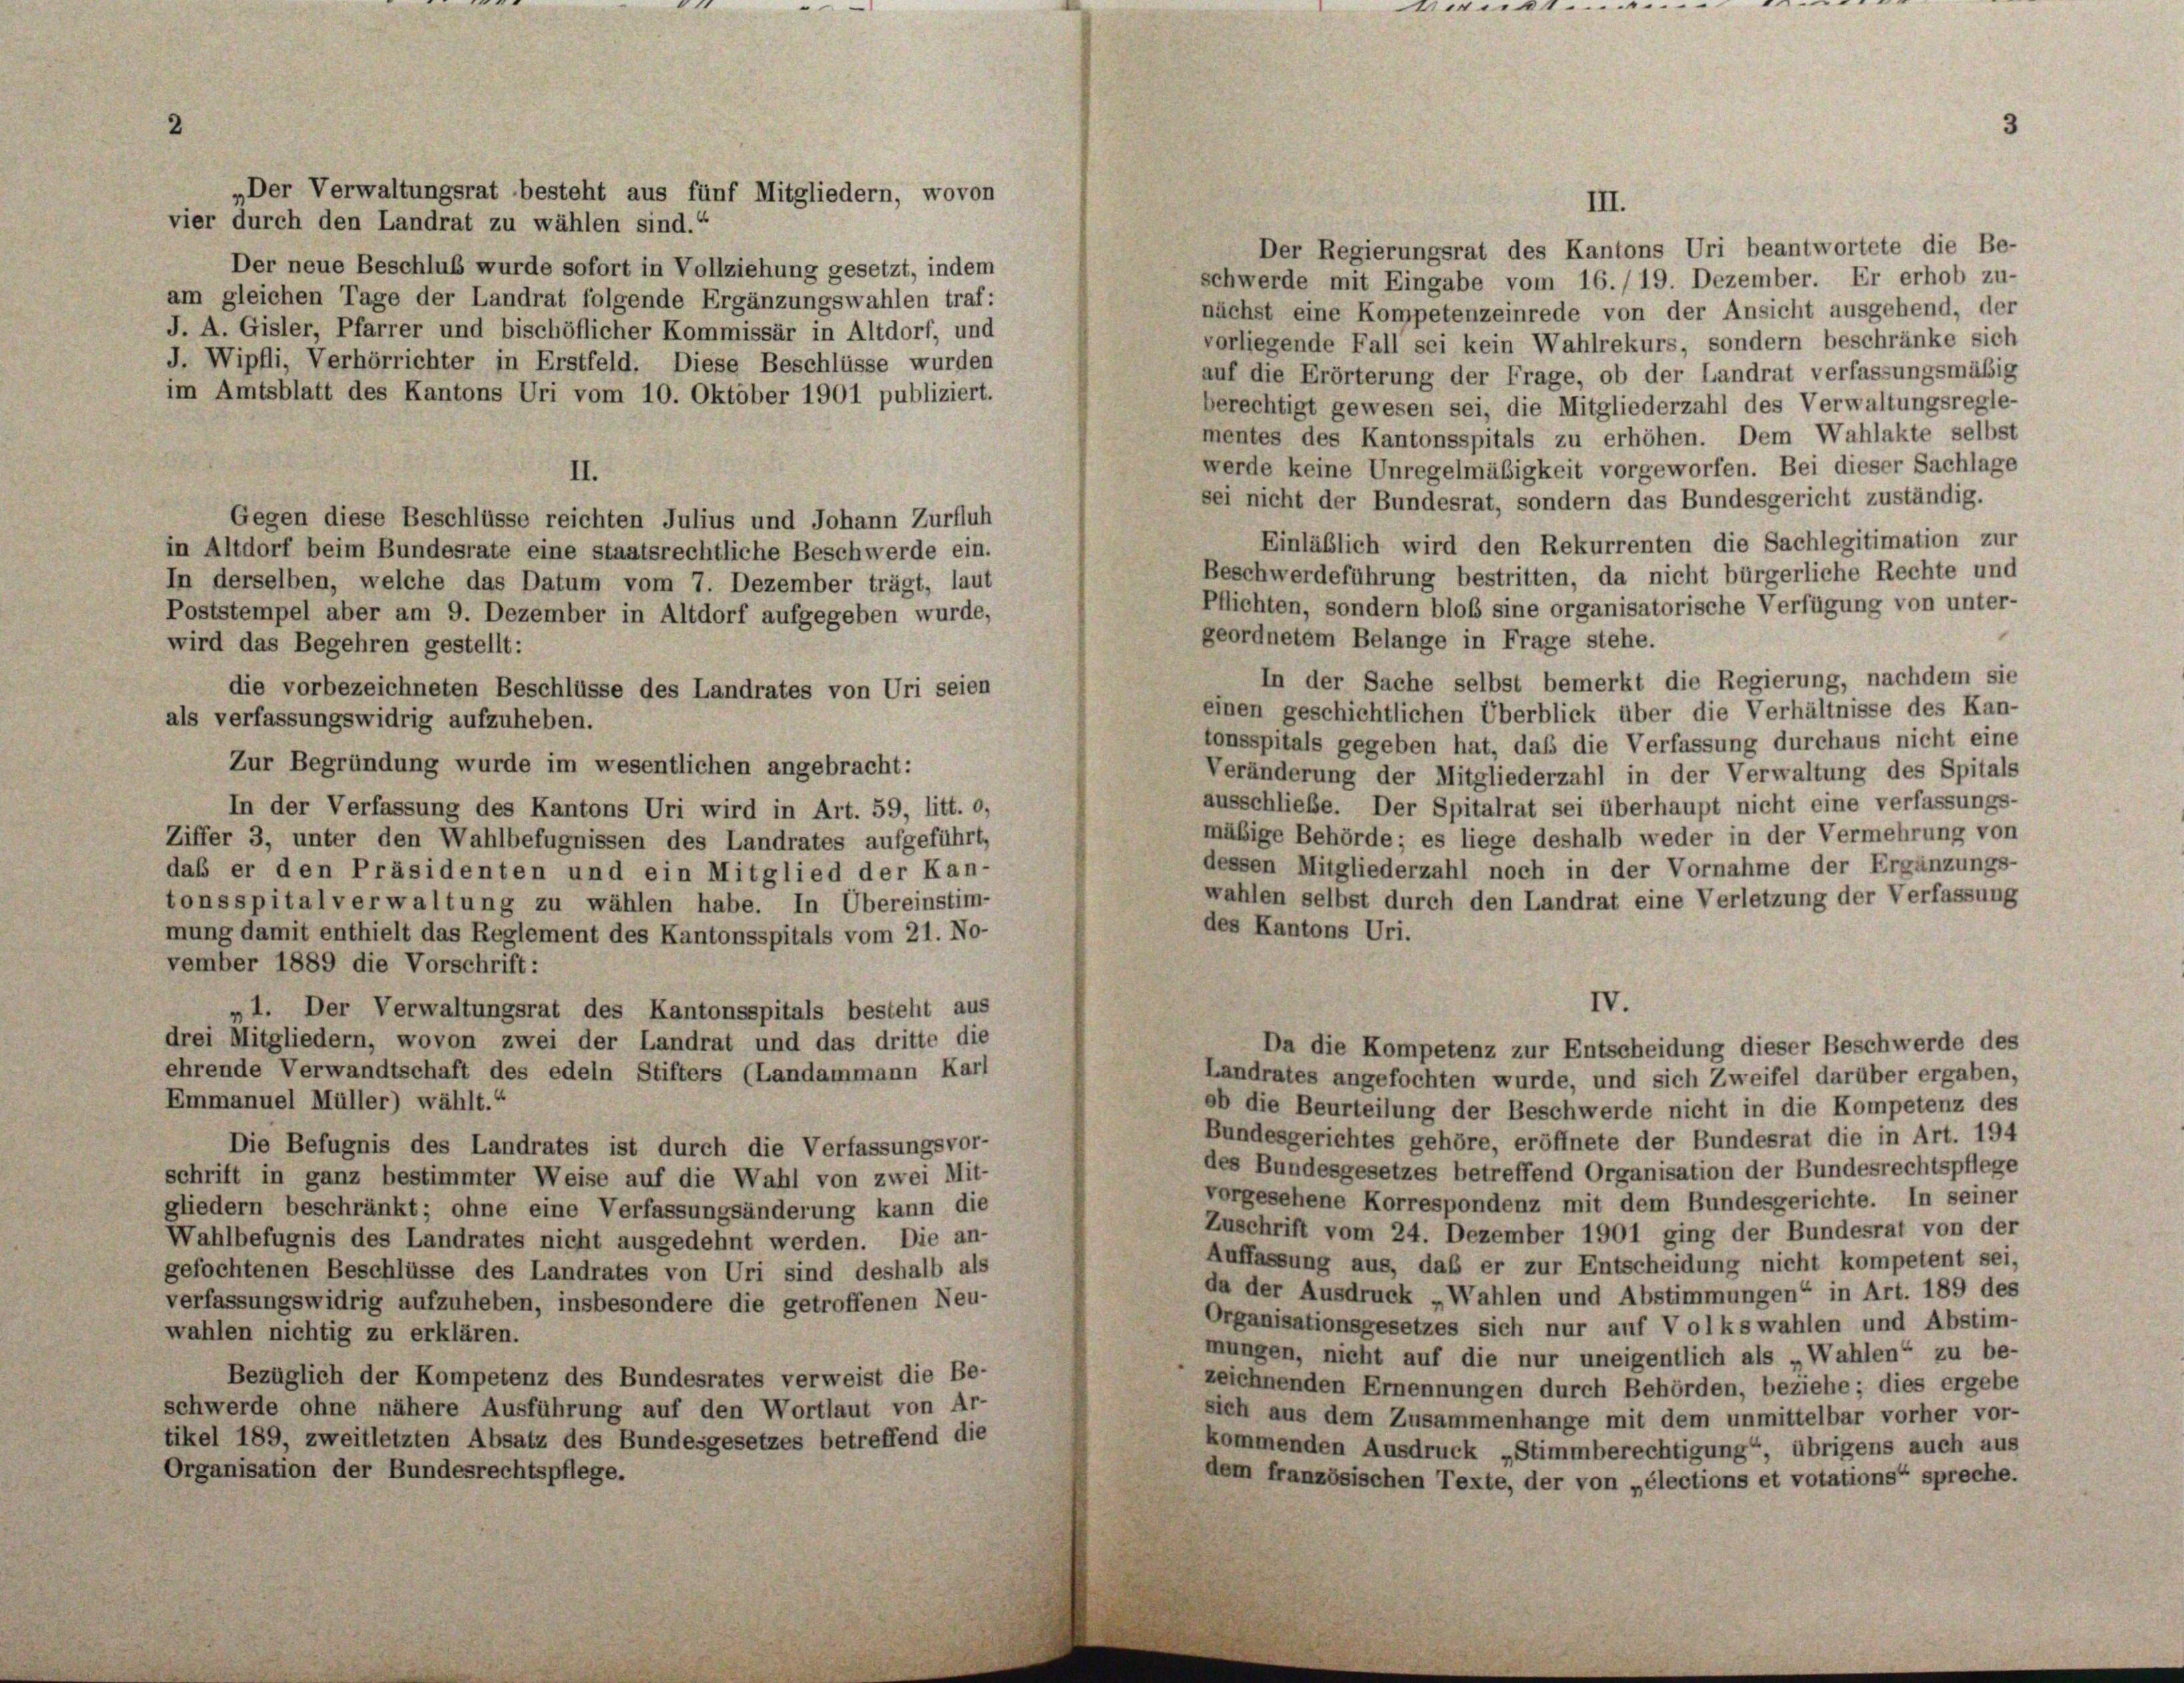
2

.

III.

.

„Der Verwaltungsrat besteht aus fünf Mitgliedern, wovon
vier durch den Landrat zu wählen sind.“
Der Regierungsrat des Kantons Uri beantwortete die Be-
Der neue Beschluß wurde sofort in Vollziehung gesetzt, indem
schwerde mit Eingabe vom 16./19. Dezember. Er erhob zu-
am gleichen Tage der Landrat folgende Ergänzungswahlen traf:
nächst eine Kompetenzeinrede von der Ansicht ausgehend, der
J. A. Gisler, Pfarrer und bischöflicher Kommissär in Altdorf, und
vorliegende Fall sei kein Wahlrekurs, sondern beschränke sich
J. Wipfli, Verhörrichter in Erstfeld. Diese Beschlüsse wurden
auf die Erörterung der Frage, ob der Landrat verfassungsmäßig
im Amtsblatt des Kantons Uri vom 10. Oktober 1901 publiziert.
berechtigt gewesen sei, die Mitgliederzahl des Verwaltungsregle-
mentes des Kantonsspitals zu erhöhen. Dem Wahlakte selbst
werde keine Unregelmäßigkeit vorgeworfen. Bei dieser Sachlage
II.
sei nicht der Bundesrat, sondern das Bundesgericht zuständig.
Gegen diese Beschlüsse reichten Julius und Johann Zurfluh
Einläßlich wird den Rekurrenten die Sachlegitimation zur
in Altdorf beim Bundesrate eine staatsrechtliche Beschwerde ein.
Beschwerdeführung bestritten, da nicht bürgerliche Rechte und
In derselben, welche das Datum vom 7. Dezember trägt, laut
Pflichten, sondern bloß sine organisatorische Verfügung von unter-
Poststempel aber am 9. Dezember in Altdorf aufgegeben wurde,
geordnetem Belange in Frage stehe.
wird das Begehren gestellt:
In der Sache selbst bemerkt die Regierung, nachdem sie
die vorbezeichneten Beschlüsse des Landrates von Uri seien
einen geschichtlichen Überblick über die Verhältnisse des Kan-
als verfassungswidrig aufzuheben.
tonsspitals gegeben hat, daß die Verfassung durchaus nicht eine
Zur Begründung wurde im wesentlichen angebracht:
Veränderung der Mitgliederzahl in der Verwaltung des Spitals
ausschließe. Der Spitalrat sei überhaupt nicht eine verfassungs-
In der Verfassung des Kantons Uri wird in Art. 59, litt. o,
mäßige Behörde; es liege deshalb weder in der Vermehrung von
Ziffer 3, unter den Wahlbefugnissen des Landrates aufgeführt,
dessen Mitgliederzahl noch in der Vornahme der Ergänzungs-
daß er den Präsidenten und ein Mitglied der Kan-
wahlen selbst durch den Landrat eine Verletzung der Verfassung
tonsspitalverwaltung zu wählen habe. In Übereinstim-
des Kantons Uri.
mung damit enthielt das Reglement des Kantonsspitals vom 21. No-
vember 1889 die Vorschrift:
IV.
„1. Der Verwaltungsrat des Kantonsspitals besteht aus
drei Mitgliedern, wovon zwei der Landrat und das dritte die
Da die Kompetenz zur Entscheidung dieser Beschwerde des
ehrende Verwandtschaft des edeln Stifters (Landammann Karl
Landrates angefochten wurde, und sich Zweifel darüber ergaben,
Emmanuel Müller) wählt.“
ob die Beurteilung der Beschwerde nicht in die Kompetenz des
Bundesgerichtes gehöre, eröffnete der Bundesrat die in Art. 194
Die Befugnis des Landrates ist durch die Verfassungsvor-
des Bundesgesetzes betreffend Organisation der Bundesrechtspflege
schrift in ganz bestimmter Weise auf die Wahl von zwei Mit-
vorgesehene Korrespondenz mit dem Bundesgerichte. In seiner
gliedern beschränkt; ohne eine Verfassungsänderung kann die
Zuschrift vom 24. Dezember 1901 ging der Bundesrat von der
Wahlbefugnis des Landrates nicht ausgedehnt werden. Die an-
Auffassung aus, daß er zur Entscheidung nicht kompetent sei,
gefochtenen Beschlüsse des Landrates von Uri sind deshalb als
da der Ausdruck „Wahlen und Abstimmungen“ in Art. 189 des
verfassungswidrig aufzuheben, insbesondere die getroffenen Neu-
Organisationsgesetzes sich nur auf Volkswahlen und Abstim-
wahlen nichtig zu erklären.
mungen, nicht auf die nur uneigentlich als „Wahlen“ zu be-
Bezüglich der Kompetenz des Bundesrates verweist die Be-
zeichnenden Ernennungen durch Behörden, beziehe; dies ergebe
schwerde ohne nähere Ausführung auf den Wortlaut von Ar-
sich aus dem Zusammenhänge mit dem unmittelbar vorher vor-
tikel 189, zweitletzten Absatz des Bundesgesetzes betreffend die
kommenden Ausdruck „Stimmberechtigung“, übrigens auch aus
Organisation der Bundesrechtspflege.
dem französischen Texte, der von „élections et votations“ spreche.